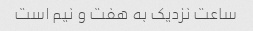
ساعت نزدیک به هفت و نیم است